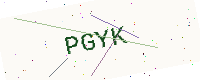
Text: PGYK